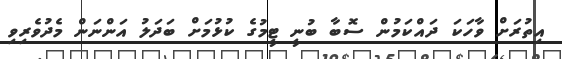
އިތުރަށް ވާހަކަ ދައްކަމުން ސޮބާ ބުނީ ޓީމުގެ ކުޅުމަށް ބަދަލު އަންނަން މެދުވެރިވި